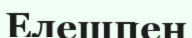
Елешпен